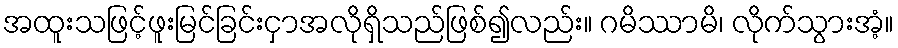
အထူးသဖြင့်ဖူးမြင်ခြင်းငှာအလိုရှိသည်ဖြစ်၍လည်း။ ဂမိဿာမိ၊ လိုက်သွားအံ့။